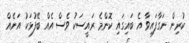
ކުރިން ނަގާފައިވާ އެ ބައިގައި ކޮންމެ ރައީސަކު ވެސް އެއް ބޭފުޅަކު އަނެއް